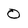
Character: 0